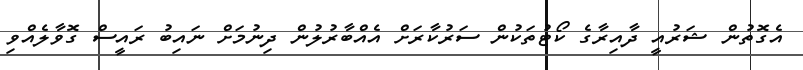
އެގޮތުން ޝަރުއީ ދާއިރާގެ ކޯޓުތަކުން ސަރުކާރަށް އެއްބާރުލުން ދިނުމަށް ނައިބު ރައީސް ގޮވާލެއްވި